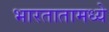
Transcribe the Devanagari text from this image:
भारतातामध्ये